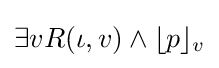
\exists vR(\iota ,v)\land \lfloor p\rfloor _{v}